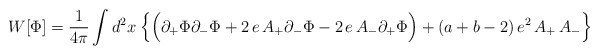
\begin{align*}W[\Phi]={1\over {4\pi}}\int d^2x\:\Big{\{}\Big{(}\partial_+\Phi\partial_-\Phi + 2\,e\, A_+\partial_-\Phi - 2\,e\, A_-\partial_+\Phi\Big{)} +(a+b-2)\,e^2\,A_+\,A_-\Big{\}}\end{align*}